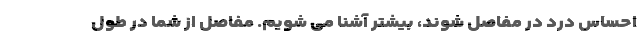
احساس درد در مفاصل شوند، بیشتر آشنا می شویم. مفاصل از شما در طول